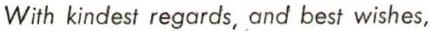
With kindest regards, and best wishes,